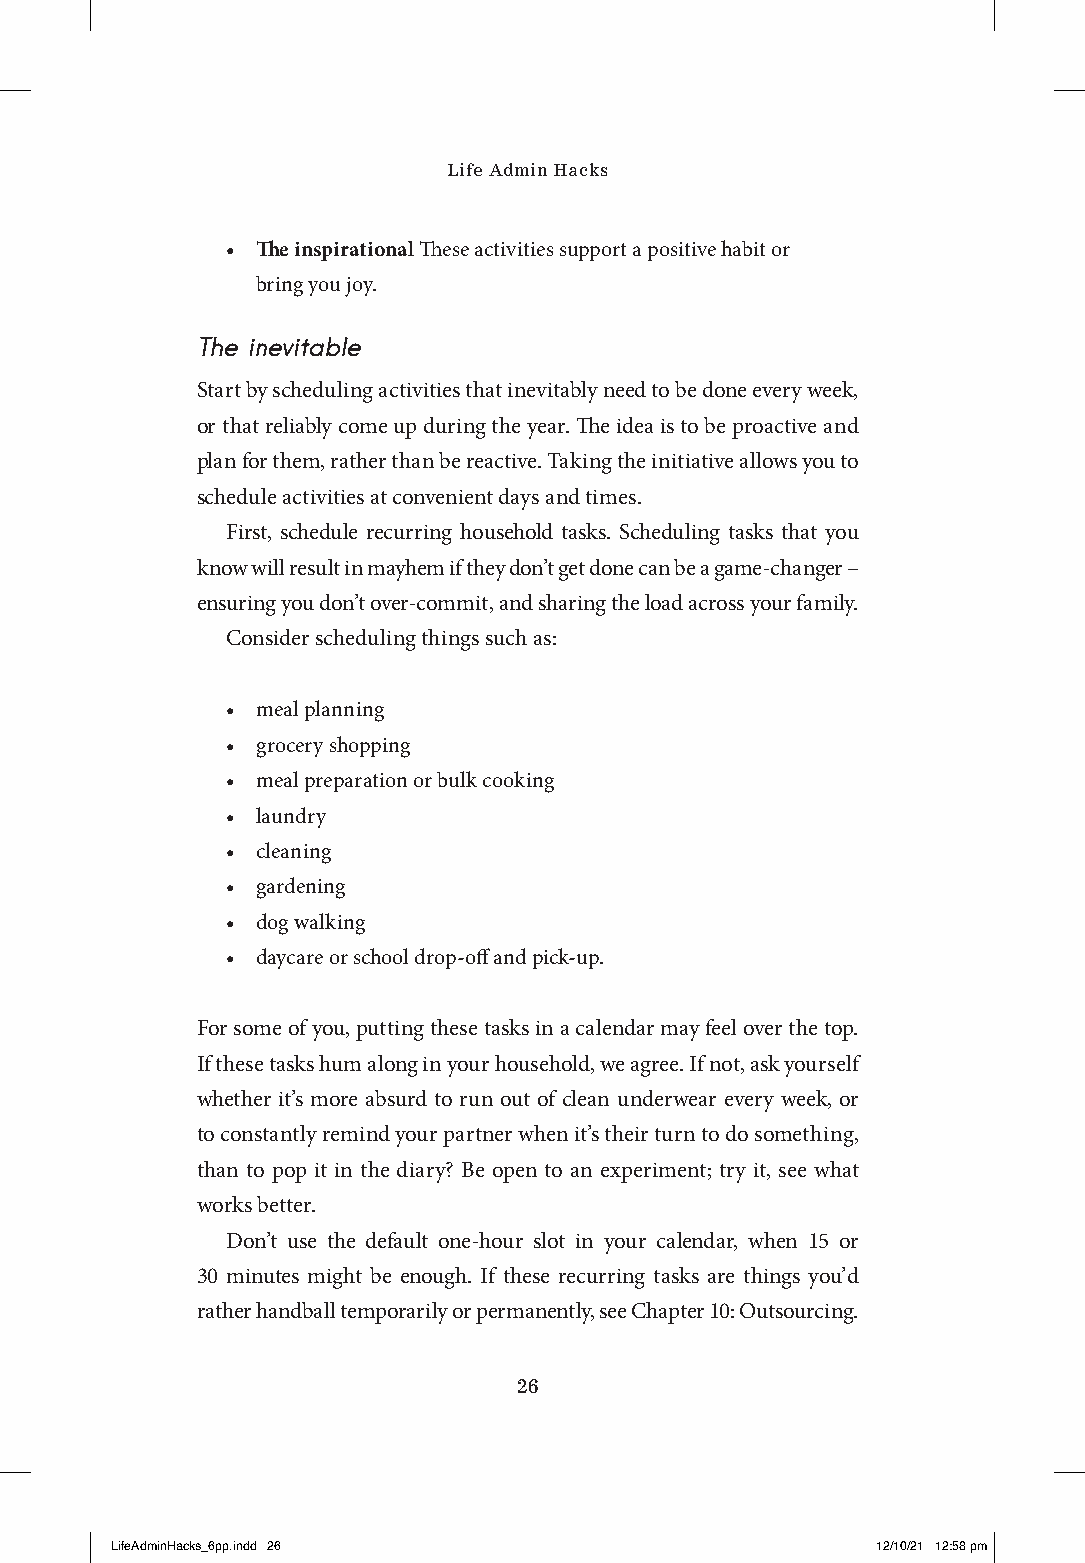
Life Admin Hacks
 • The inspirational These activities support a positive habit or
 bring you joy.
 The inevitable
 Start by scheduling activities that inevitably need to be done every week,
 or that reliably come up during the year. The idea is to be proactive and
 plan for them, rather than be reactive. Taking the initiative allows you to
 schedule activities at convenient days and times.
 First, schedule recurring household tasks. Scheduling tasks that you
 know will result in mayhem if they don’t get done can be a game-changer –
 ensuring you don’t over-commit, and sharing the load across your family.
 Consider scheduling things such as:
 • meal planning
 • grocery shopping
 • meal preparation or bulk cooking
 • laundry
 • cleaning
 • gardening
 • dog walking
 • daycare or school drop-off and pick-up.
 For some of you, putting these tasks in a calendar may feel over the top.
 If these tasks hum along in your household, we agree. If not, ask yourself
 whether it’s more absurd to run out of clean underwear every week, or
 to constantly remind your partner when it’s their turn to do something,
 than to pop it in the diary? Be open to an experiment; try it, see what
 works better.
 Don’t use the default one-hour slot in your calendar, when 15 or
 30 minutes might be enough. If these recurring tasks are things you’d
 rather handball temporarily or permanently, see Chapter 10: Outsourcing.
 26
 LLiiffeeAAddmmiinnHHaacckkss__66pppp..iinndddd 2266 1122//1100//2211 1122::5588 ppmm